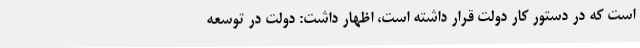
است که در دستور کار دولت قرار داشته است، اظهار داشت: دولت در توسعه